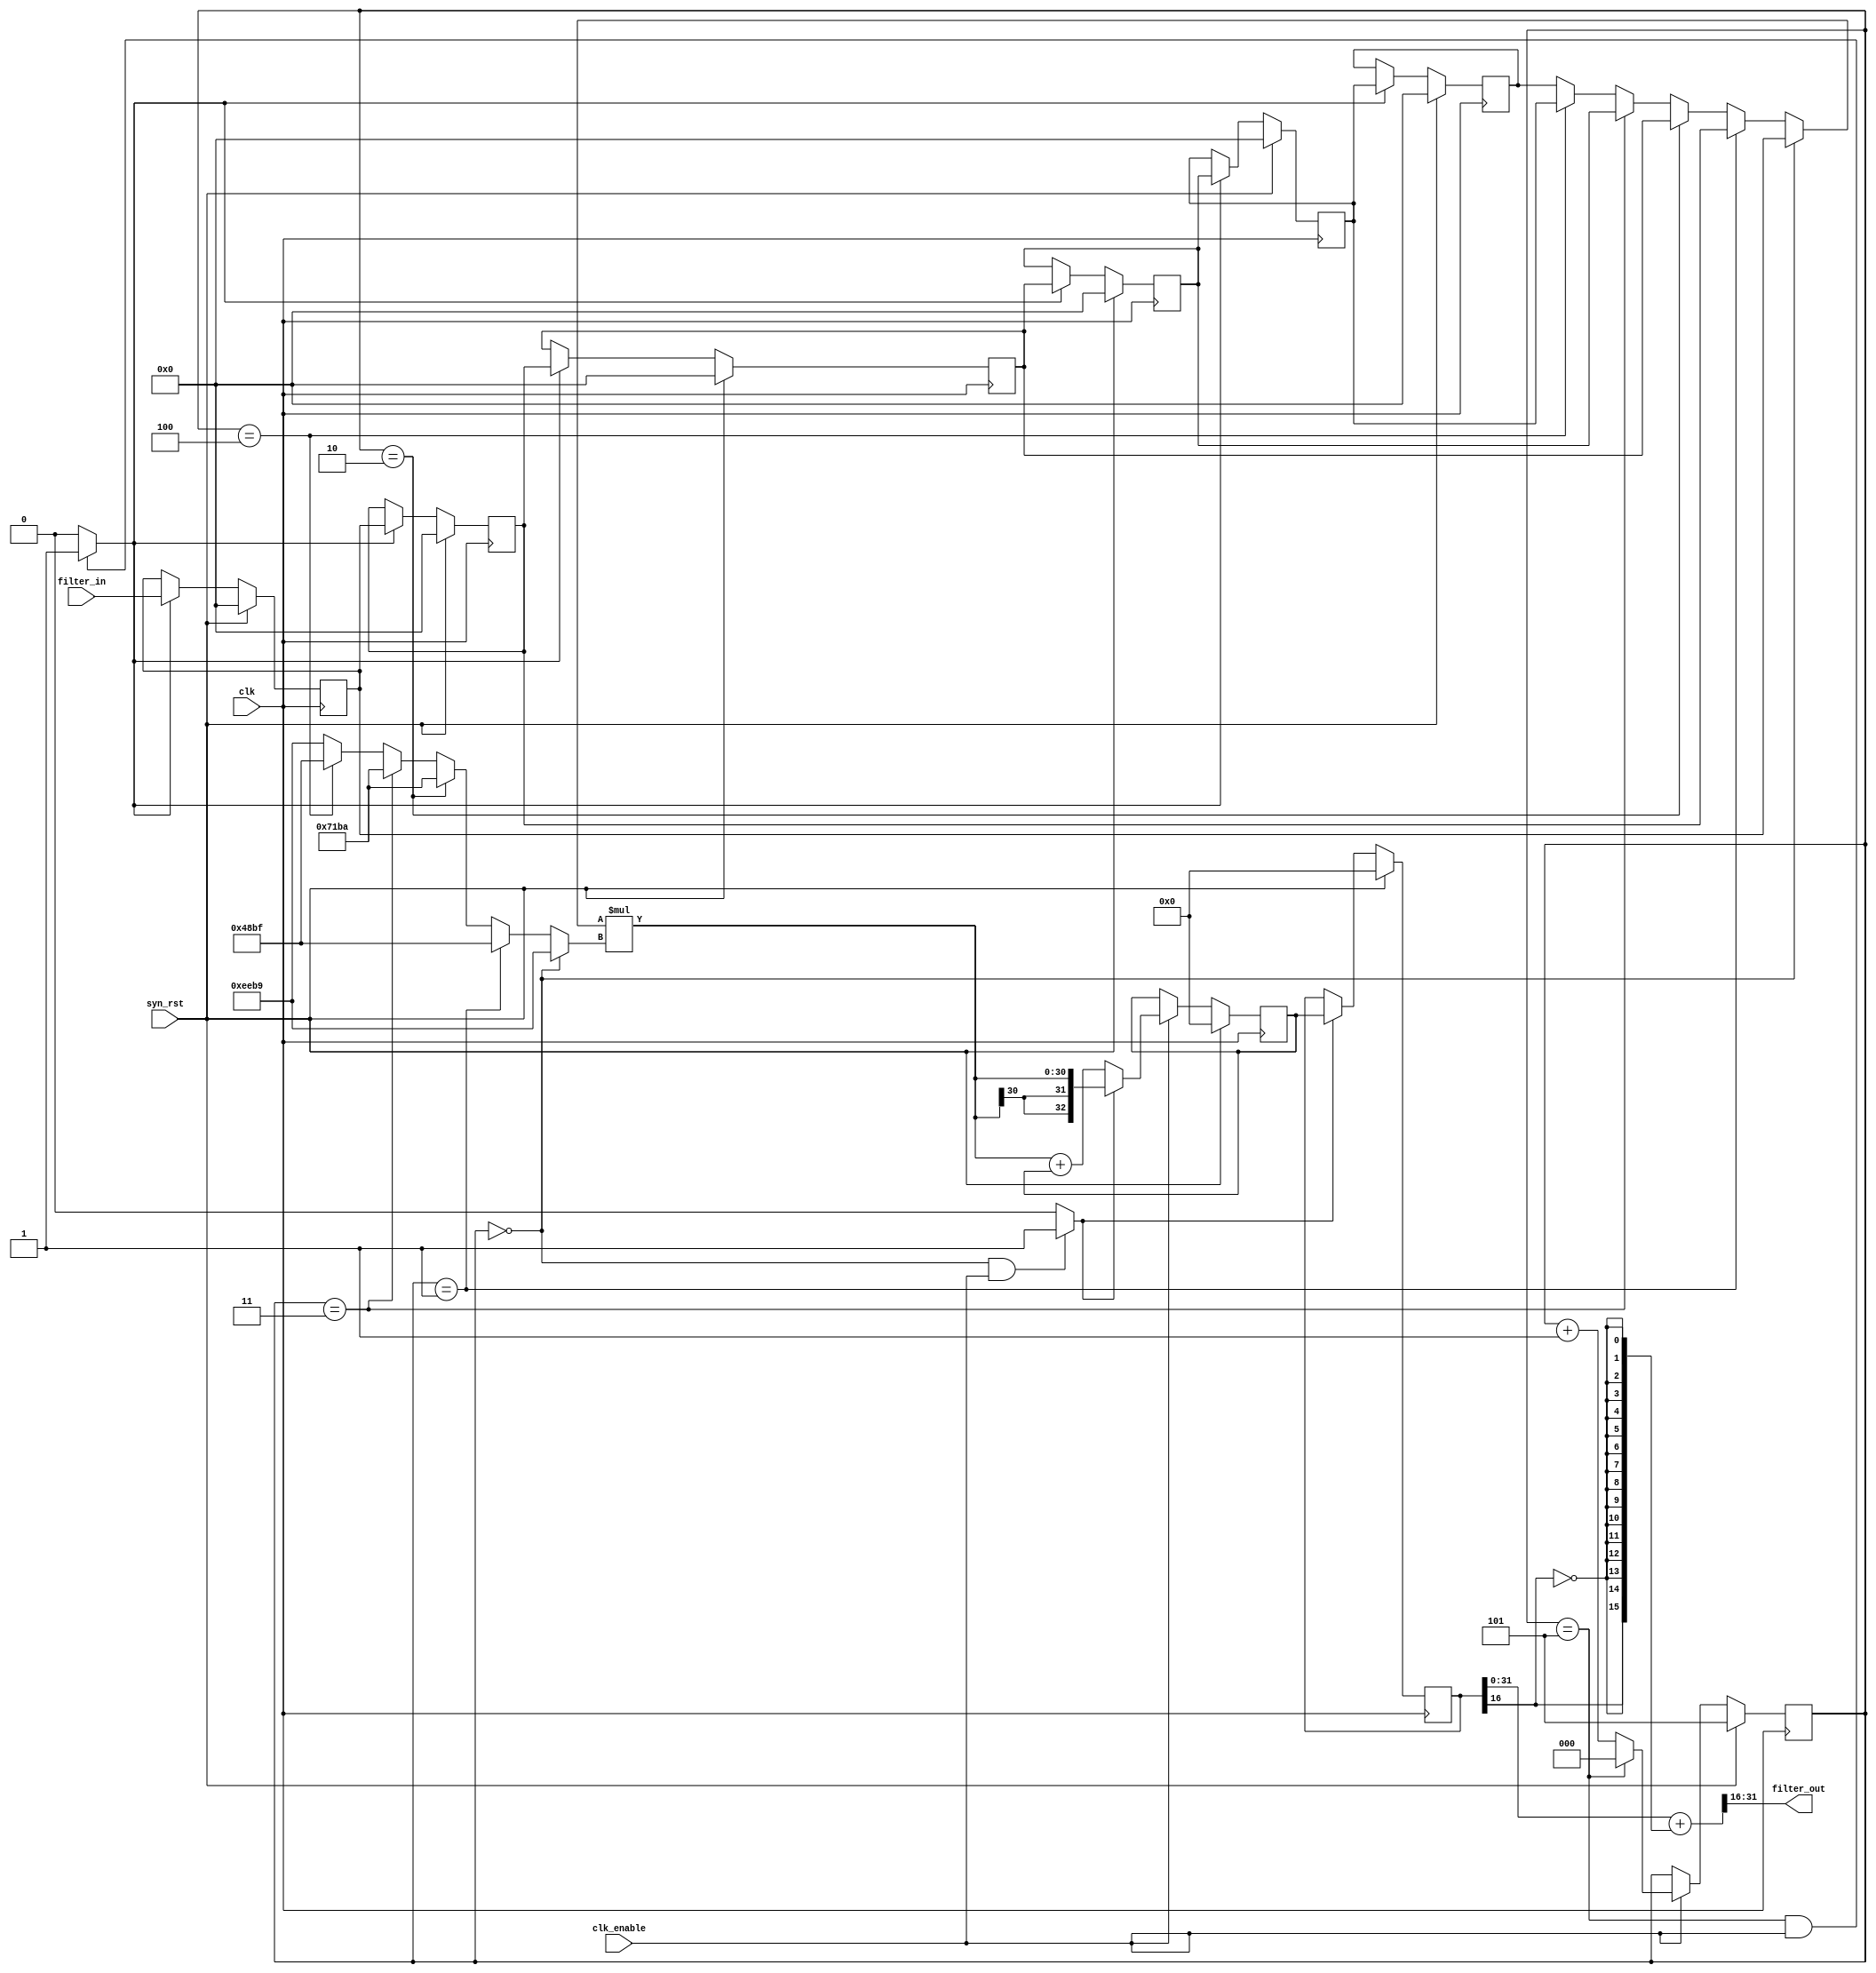
// -------------------------------------------------------------
// HDL Code Generation Options:
//
// ResetType: Synchronous
// ResetInputPort: syn_rst
// TargetDirectory: E:\\\\\\\\
// AddOutputRegister: off
// Name: filter_serial
// RemoveResetFrom: ShiftRegister
// SerialPartition: 6
// TargetLanguage: Verilog
// TestBenchStimulus: impulse step ramp chirp noise 

// -------------------------------------------------------------
// HDL Implementation    : Fully Serial
// Multipliers           : 1
// Folding Factor        : 6
// -------------------------------------------------------------
// Filter Settings:
//
// Discrete-Time FIR Filter (real)
// -------------------------------
// Filter Structure  : Direct-Form FIR
// Filter Length     : 6
// Stable            : Yes
// Linear Phase      : Yes (Type 2)
// Arithmetic        : fixed
// Numerator         : s16,16 -> [-5.000000e-001 5.000000e-001)
// Input             : s16,15 -> [-1 1)
// Filter Internals  : Specify Precision
//   Output          : s16,15 -> [-1 1)
//   Product         : s31,31 -> [-5.000000e-001 5.000000e-001)
//   Accumulator     : s33,31 -> [-2 2)
//   Round Mode      : convergent
//   Overflow Mode   : wrap
// -------------------------------------------------------------
`timescale 1 ns / 1 ns

module filter_serial
               (
                clk,
                clk_enable,
                syn_rst,
                filter_in,
                filter_out
                );

  input   clk; 
  input   clk_enable; 
  input   syn_rst; 
  input   signed [15:0] filter_in; //sfix16_En15
  output  signed [15:0] filter_out; //sfix16_En15

////////////////////////////////////////////////////////////////
//Module Architecture: filter_serial
////////////////////////////////////////////////////////////////
  // Local Functions
  // Type Definitions
  // Constants
  parameter signed [15:0] coeff1 = 16'b1110111010111001; //sfix16_En16
  parameter signed [15:0] coeff2 = 16'b0100100010111111; //sfix16_En16
  parameter signed [15:0] coeff3 = 16'b0111000110111010; //sfix16_En16
  parameter signed [15:0] coeff4 = 16'b0111000110111010; //sfix16_En16
  parameter signed [15:0] coeff5 = 16'b0100100010111111; //sfix16_En16
  parameter signed [15:0] coeff6 = 16'b1110111010111001; //sfix16_En16

  // Signals
  reg  [2:0] cur_count; // ufix3
  wire phase_5; // boolean
  wire phase_0; // boolean
  reg  signed [15:0] delay_pipeline [0:5] ; // sfix16_En15
  wire signed [15:0] inputmux_1; // sfix16_En15
  reg  signed [32:0] acc_final; // sfix33_En31
  reg  signed [32:0] acc_out_1; // sfix33_En31
  wire signed [30:0] product_1; // sfix31_En31
  wire signed [15:0] product_1_mux; // sfix16_En16
  wire signed [31:0] mul_temp; // sfix32_En31
  wire signed [32:0] prod_typeconvert_1; // sfix33_En31
  wire signed [32:0] acc_sum_1; // sfix33_En31
  wire signed [32:0] acc_in_1; // sfix33_En31
  wire signed [32:0] add_signext; // sfix33_En31
  wire signed [32:0] add_signext_1; // sfix33_En31
  wire signed [33:0] add_temp; // sfix34_En31
  wire signed [15:0] output_typeconvert; // sfix16_En15

  // Block Statements
  always @ ( posedge clk)
    begin: Counter_process
      if (syn_rst == 1'b1) begin
        cur_count <= 3'b101;
      end
      else begin
        if (clk_enable == 1'b1) begin
          if (cur_count == 3'b101) begin
            cur_count <= 3'b000;
          end
          else begin
            cur_count <= cur_count + 1;
          end
        end
      end
    end // Counter_process

  assign  phase_5 = (cur_count == 3'b101 && clk_enable == 1'b1)? 1 : 0;

  assign  phase_0 = (cur_count == 3'b000 && clk_enable == 1'b1)? 1 : 0;

  always @( posedge clk)
    begin: Delay_Pipeline_process
      if (syn_rst == 1'b1) begin
        delay_pipeline[0] <= 0;
        delay_pipeline[1] <= 0;
        delay_pipeline[2] <= 0;
        delay_pipeline[3] <= 0;
        delay_pipeline[4] <= 0;
        delay_pipeline[5] <= 0;
      end
      else begin
        if (phase_5 == 1'b1) begin
          delay_pipeline[0] <= filter_in;
          delay_pipeline[1] <= delay_pipeline[0];
          delay_pipeline[2] <= delay_pipeline[1];
          delay_pipeline[3] <= delay_pipeline[2];
          delay_pipeline[4] <= delay_pipeline[3];
          delay_pipeline[5] <= delay_pipeline[4];
        end
      end
    end // Delay_Pipeline_process


  assign inputmux_1 = (cur_count == 3'b000) ? delay_pipeline[0] :
                     (cur_count == 3'b001) ? delay_pipeline[1] :
                     (cur_count == 3'b010) ? delay_pipeline[2] :
                     (cur_count == 3'b011) ? delay_pipeline[3] :
                     (cur_count == 3'b100) ? delay_pipeline[4] :
                     delay_pipeline[5];

  //   ------------------ Serial partition # 1 ------------------

  assign product_1_mux = (cur_count == 3'b000) ? coeff1 :
                        (cur_count == 3'b001) ? coeff2 :
                        (cur_count == 3'b010) ? coeff3 :
                        (cur_count == 3'b011) ? coeff4 :
                        (cur_count == 3'b100) ? coeff5 :
                        coeff6;
  assign mul_temp = inputmux_1 * product_1_mux;
  assign product_1 = mul_temp[30:0];

  assign prod_typeconvert_1 = $signed({{2{product_1[30]}}, product_1});

  assign add_signext = prod_typeconvert_1;
  assign add_signext_1 = acc_out_1;
  assign add_temp = add_signext + add_signext_1;
  assign acc_sum_1 = add_temp[32:0];

  assign acc_in_1 = (phase_0 == 1'b1) ? prod_typeconvert_1 :
                   acc_sum_1;

  always @ ( posedge clk)
    begin: Acc_reg_1_process
      if (syn_rst == 1'b1) begin
        acc_out_1 <= 0;
      end
      else begin
        if (clk_enable == 1'b1) begin
          acc_out_1 <= acc_in_1;
        end
      end
    end // Acc_reg_1_process

  always @ ( posedge clk)
    begin: Finalsum_reg_process
      if (syn_rst == 1'b1) begin
        acc_final <= 0;
      end
      else begin
        if (phase_0 == 1'b1) begin
          acc_final <= acc_out_1;
        end
      end
    end // Finalsum_reg_process

  assign output_typeconvert = (acc_final[31:0] + {acc_final[16], {15{~acc_final[16]}}})>>>16;

  // Assignment Statements
  assign filter_out = output_typeconvert;
endmodule  // filter_serial